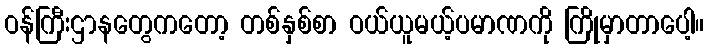
ဝန်ကြီးဌာနတွေကတော့ တစ်နှစ်စာ ဝယ်ယူမယ့်ပမာဏကို ကြိုမှာတာပေါ့။